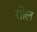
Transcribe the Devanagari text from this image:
राोल